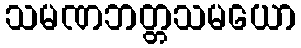
သမဏဘတ္တသမယော